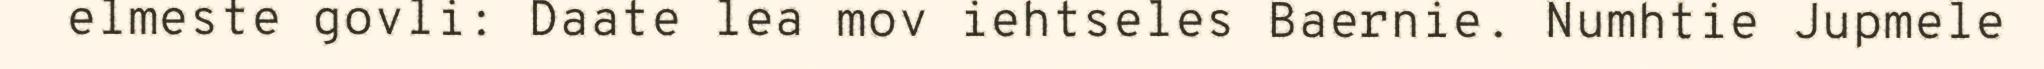
elmeste govli: Daate lea mov iehtseles Baernie. Numhtie Jupmele